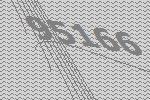
95166